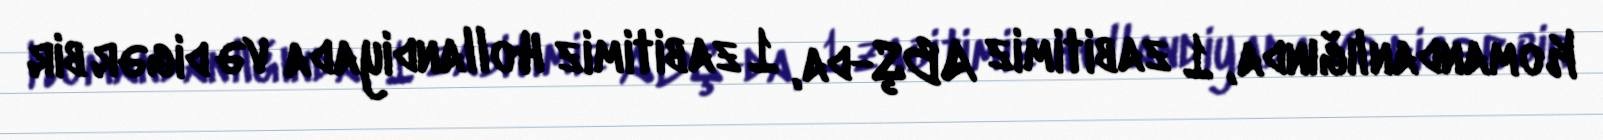
Komandanlığında, 1 zabitimiz ABŞ-da, 1 zabitimiz Hollandiyada və digər bir